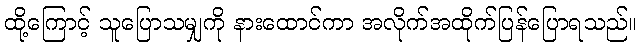
ထို့ကြောင့် သူပြောသမျှကို နားထောင်ကာ အလိုက်အထိုက်ပြန်ပြောရသည်။